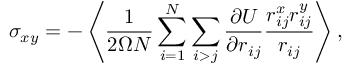
\sigma _ { x y } = - \left\langle \frac { 1 } { 2 \Omega N } \sum _ { i = 1 } ^ { N } \sum _ { i > j } \frac { \partial U } { \partial r _ { i j } } \frac { r _ { i j } ^ { x } r _ { i j } ^ { y } } { { r _ { i j } } } \right\rangle ,